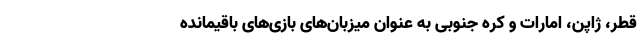
قطر، ژاپن، امارات و کره جنوبی به عنوان میزبان‌های بازی‌های باقیمانده